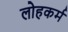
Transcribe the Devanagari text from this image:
लोहकर्म